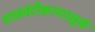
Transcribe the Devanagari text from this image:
वाळवंटीकरणामुळे